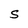
Character: S